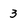
Character: 3